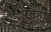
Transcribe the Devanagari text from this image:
पत्तेही